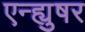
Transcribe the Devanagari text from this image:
एन्ह्युषर